Civil Veterinary Department. Central Provinces & Berar 1932-41 - 1932-1941
Year: 1932
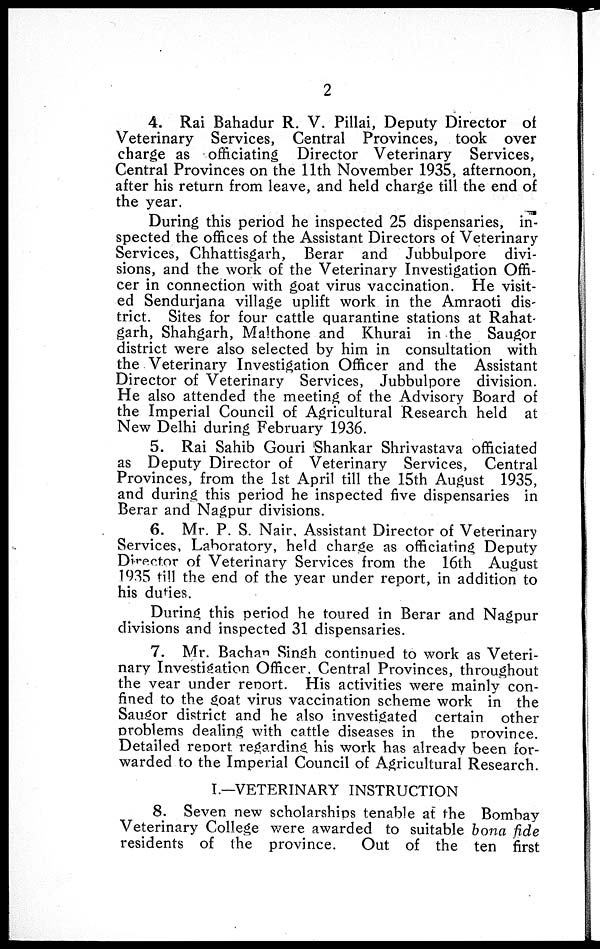
2
4. Rai Bahadur R. V. Pillai, Deputy Director of
Veterinary Services, Central Provinces, took over
charge as officiating Director Veterinary Services,
Central Provinces on the 11th November 1935, afternoon,
after his return from leave, and held charge till the end of
the year.
During this period he inspected 25 dispensaries, in-
spected the offices of the Assistant Directors of Veterinary
Services, Chhattisgarh, Berar and Jubbulpore divi-
sions, and the work of the Veterinary Investigation Offi-
cer in connection with goat virus vaccination. He visit-
ed Sendurjana village uplift work in the Amraoti dis-
trict. Sites for four cattle quarantine stations at Rahat-
garh, Shahgarh, Malthone and Khurai in the Saugor
district were also selected by him in consultation with
the Veterinary Investigation Officer and the Assistant
Director of Veterinary Services, Jubbulpore division.
He also attended the meeting of the Advisory Board of
the Imperial Council of Agricultural Research held at
New Delhi during February 1936.
5. Rai Sahib Gouri Shankar Shrivastava officiated
as Deputy Director of Veterinary Services, Central
Provinces, from the 1st April till the 15th August 1935,
and during this period he inspected five dispensaries in
Berar and Nagpur divisions.
6. Mr. P. S. Nair, Assistant Director of Veterinary
Services, Laboratory, held charge as officiating Deputy
Director of Veterinary Services from the 16th August
1935 till the end of the year under report, in addition to
his duties.
During this period he toured in Berar and Nagpur
divisions and inspected 31 dispensaries.
7. Mr. Bachan Singh continued to work as Veteri-
nary Investigation Officer. Central Provinces, throughout
the year under report. His activities were mainly con-
fined to the goat virus vaccination scheme work in the
Saugor district and he also investigated certain other
problems dealing with cattle diseases in the province.
Detailed report regarding his work has already been for-
warded to the Imperial Council of Agricultural Research.
I.—VETERINARY INSTRUCTION
8. Seven new scholarships tenable at the Bombay
Veterinary College were awarded to suitable bona fide
residents of the province.
Out of the ten first